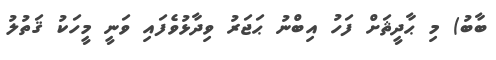
ބާބު) މި ޙާދީޘަށް ފަހު އިބްނު ޙަޖަރު ވިދާޅުވެފައި ވަނީ މީހަކު ޤަތުލު